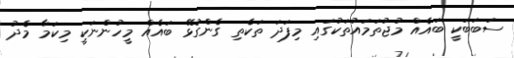
ސަބަބަކީ ބައެއް މުޖުތަމައުތަކުގައި މިފަދަ ތަކެތި ގެންގުޅޭ ބައެއް މީހުންނަކީ މިކަމާ މެދު